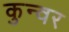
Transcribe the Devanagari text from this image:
कुन्वर